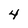
Character: 4